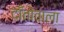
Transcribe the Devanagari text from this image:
दाँतोंवाला